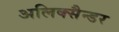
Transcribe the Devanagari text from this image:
अलिक्सैन्डर